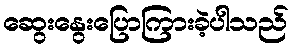
ဆွေးနွေးပြောကြားခဲ့ပါသည်